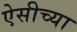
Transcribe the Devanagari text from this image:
ऐसीच्या